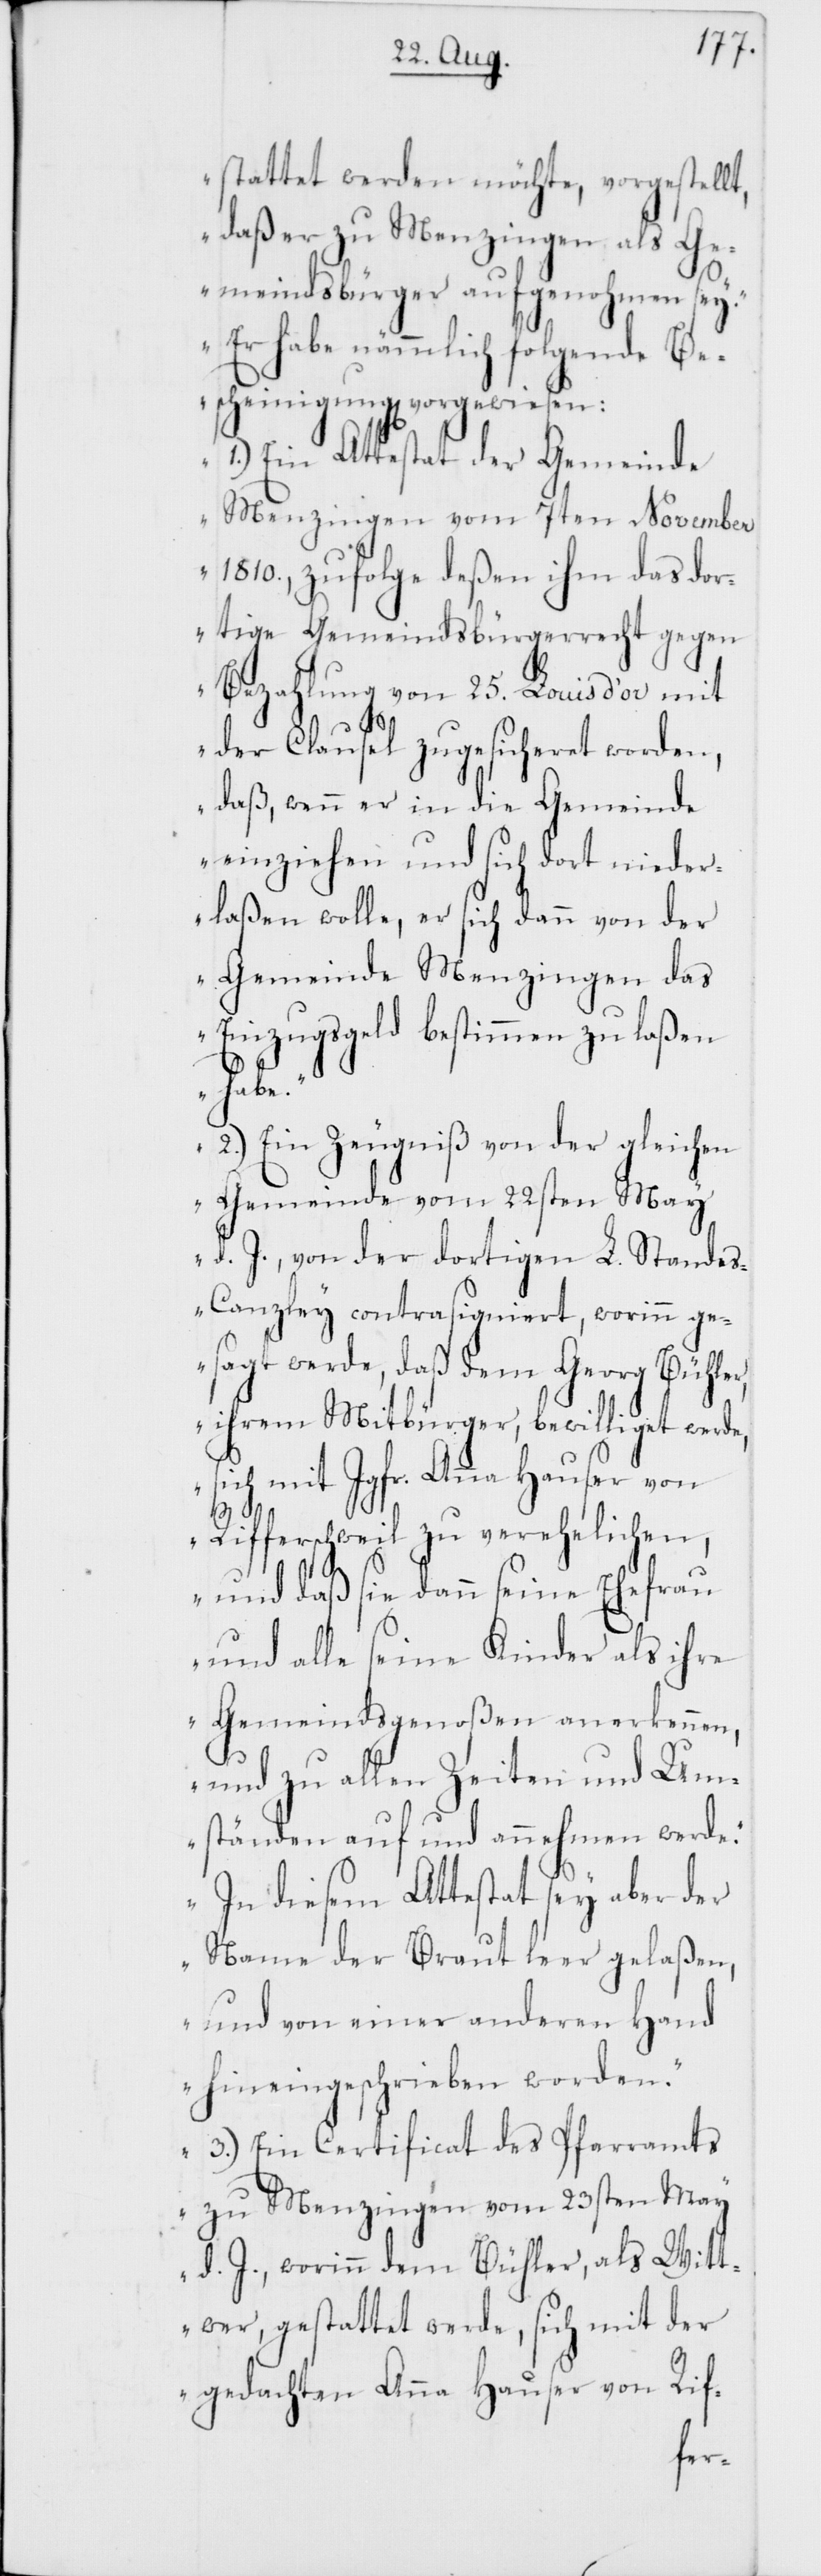
stattet werden möchte, vorgestellt,
daß er zu Menzingen als Ge¬
meindsbürger aufgenohmen sey.“
„Er habe nämmlich folgende Be¬
scheinigungen vorgewiesen:
1.) Ein Attestat der Gemeinde
Menzingen vom 7ten November
1810., zufolge deßen ihm das dor¬
tige Gemeindsbürgerrecht gegen
Bezahlung von 25. Louis d’or mit
der Clausel zugesicheret worden,
daß, wenn er in die Gemeinde
einziehen und sich dort nieder¬
laßen wolle, er sich dann von der
Gemeinde Menzingen das
Einzugsgeld bestimmen zu laßen
habe.
2.) Ein Zeugniß von der gleichen
Gemeinde vom 22sten May
d. J. von der dortigen L. Standes¬
canzley contrasigniert, worinn ge¬
sagt werde, daß dem Georg Bühler,
ihrem Mitbürger, bewilliget werde,
sich mit Jgfr. Anna Hauser von
Rifferschweil zu verehelichen,
und daß sie dann seine Ehefrau
und alle seine Kinder als ihre
Gemeindsgenoßen anerkennen,
und zu allen Zeiten und Um¬
ständen auf- und annehmen werde.“
„In diesem Attestat sey aber der
Name der Braut leer gelaßen,
und von einer anderen Hand
hineingeschrieben worden.“
3.) Ein Certificat des Pfarramts
zu Menzingen vom 23sten May
d. J., worinn dem Bühler, als Witt¬
wer, gestattet werde, sich mit der
gedachten Anna Hauser von Rif-